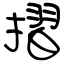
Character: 摺